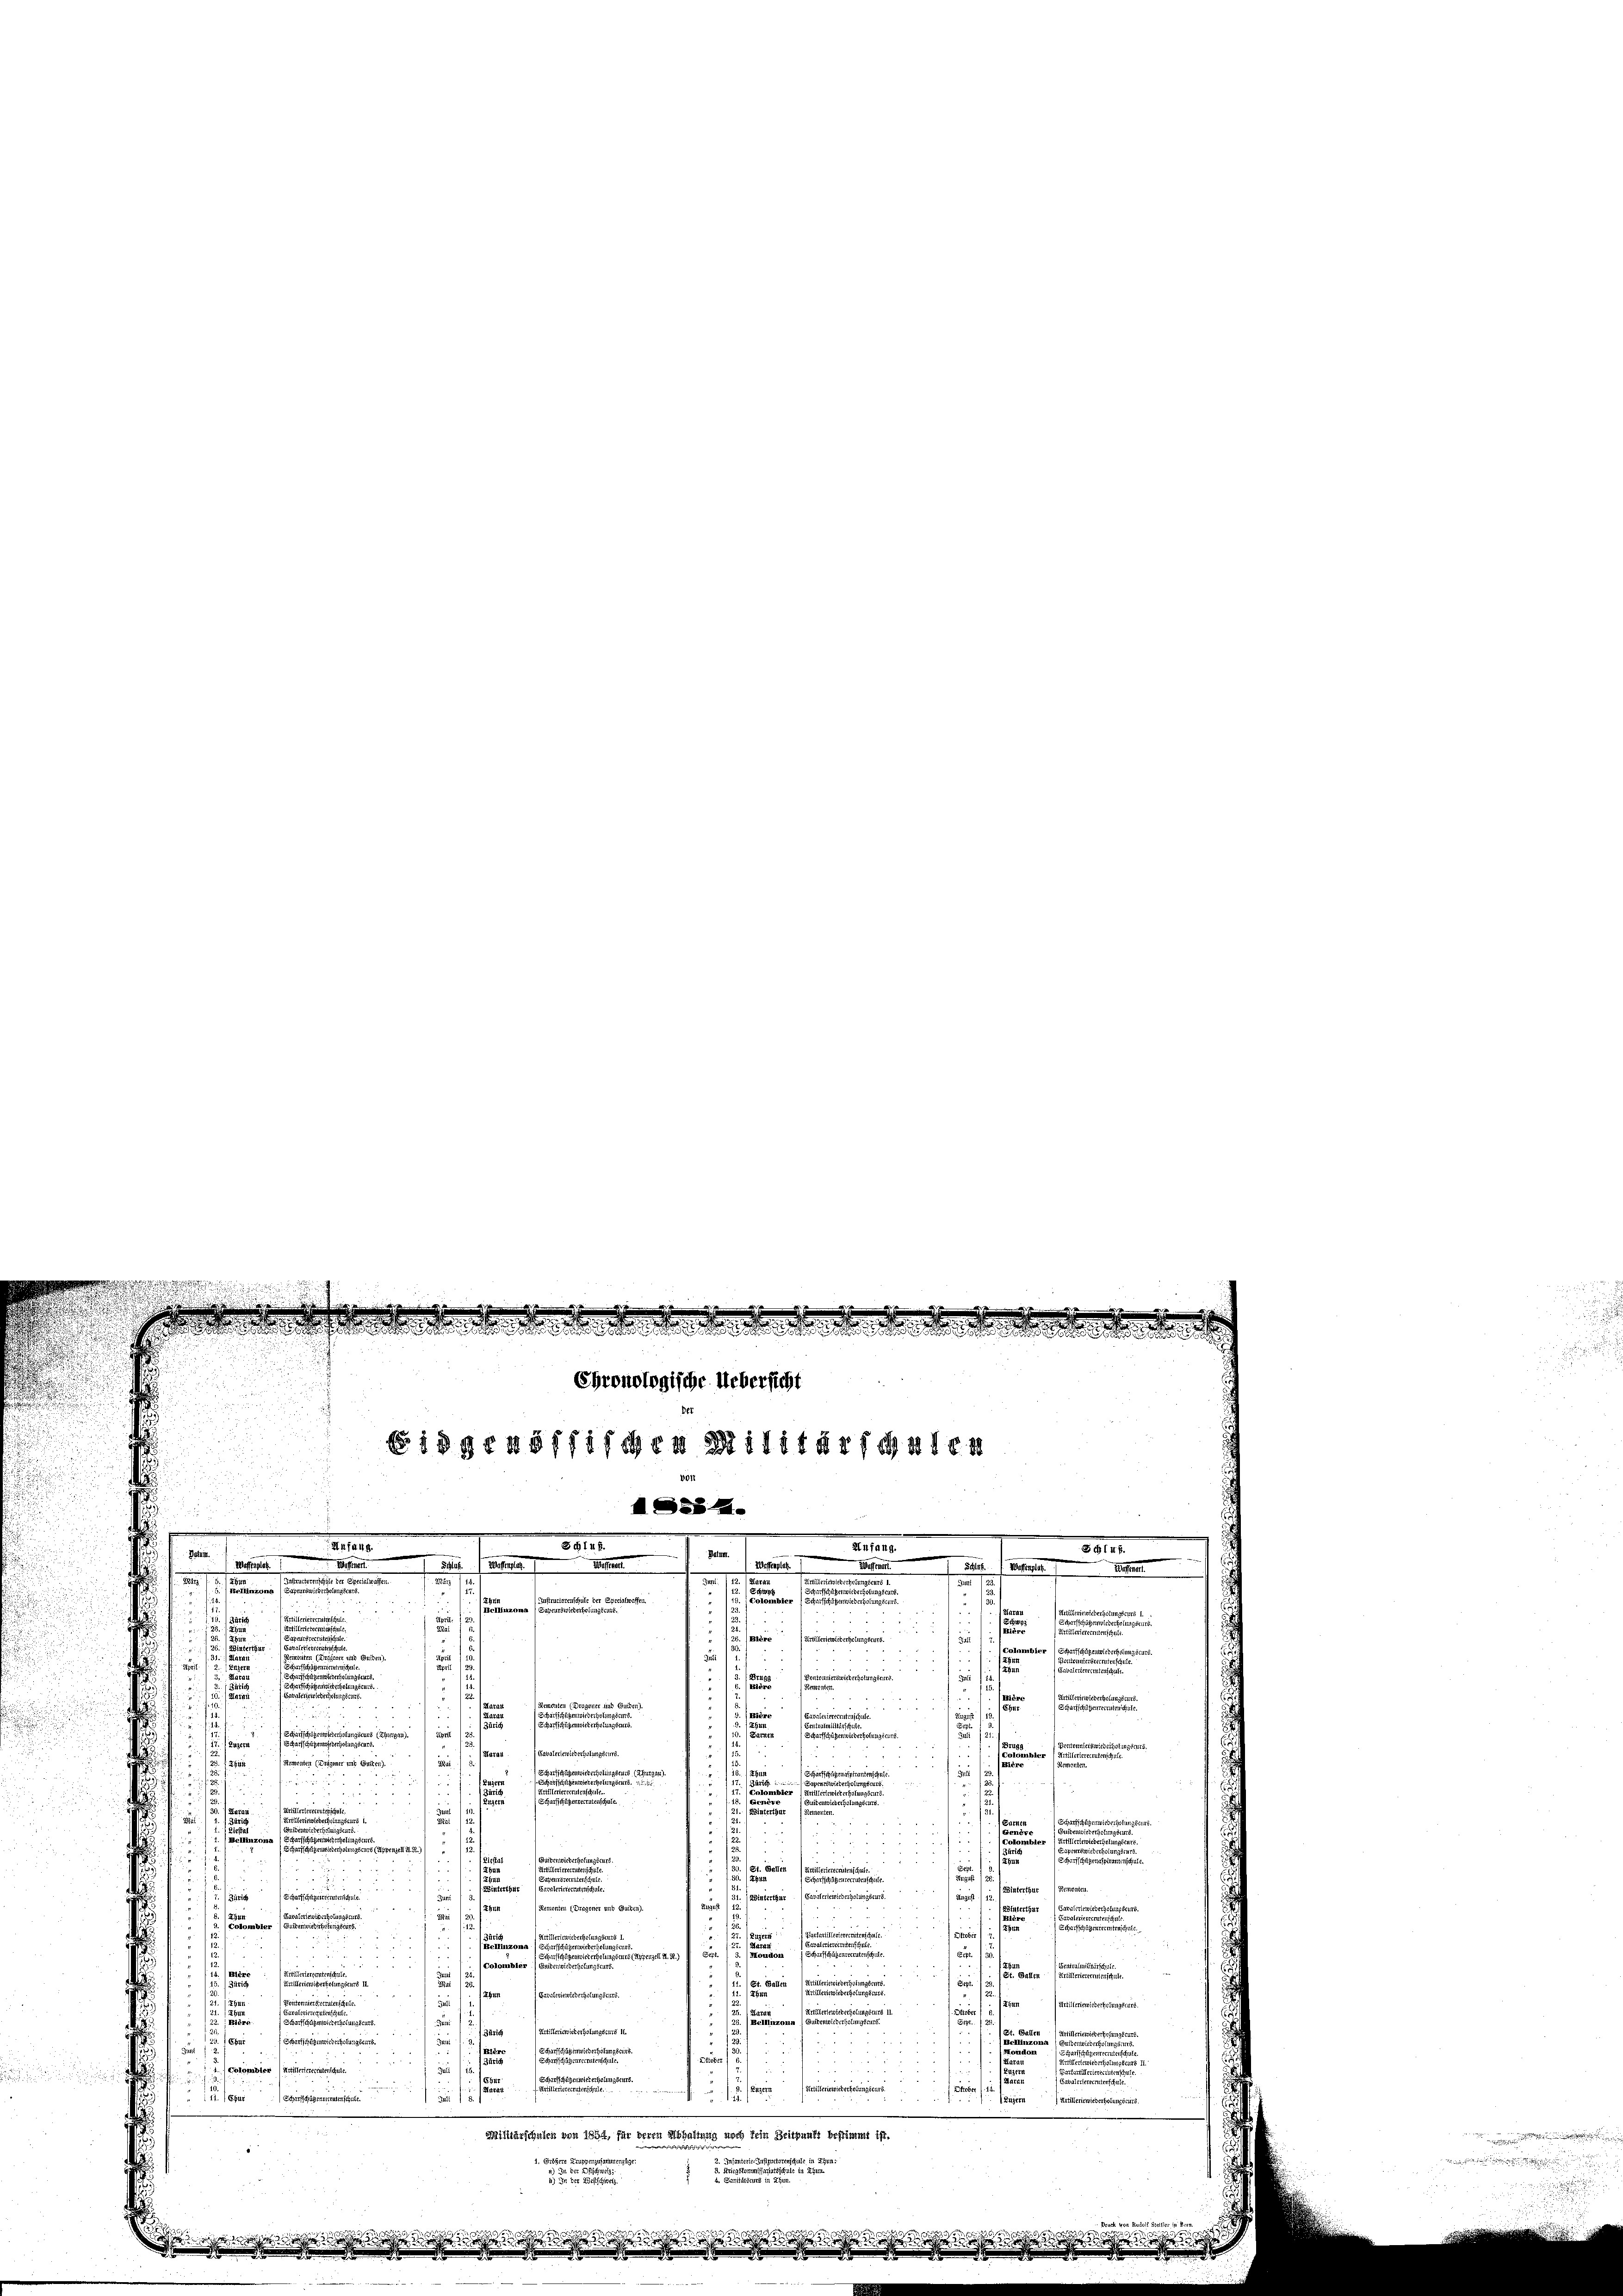
a
e
n
¬
v und Gulden).
.
1
n
Zwieberholungsrirz.
e
i

e
n

e
2

a
n
e
i
everholungseurs.

u ste
.
Cavaleriewiederholungscurs.
s
3

u 5
s
12. 1

i
en
Juli 123.

s
e

 9
.
dur
a
252 x
sa
e
.
u

un seinen
22
e
u
Susann

s
8
.
e

xx
.
.
34
nverwiederungerer
8

su sein den se
.
a

1 angen einen
ueber 18

u
August. /12.
31. (abinterthur Savateriewicherholung seins.

Scharfschligerteienten
Remonten (Dragoner und Guiten).
1
a
Wir wiederholungseurs.
.
 5

¬
e

u
s

n
n
n
a
un
e
s

 24 x
n
 ener
n

2
e
1 Sept
din
u
(Thun Carateriewiederholungseurs.
mier ger

Zenn Artilleriewicherhelungsturz.
n
¬
¬

e
.
St. Garten
n
Artilleriewirt erholungscurs 11.
tilleriewieserholungscurs.
 53
25. Eberscharfschenwiedersezungsers.
¬
d
f

Bra
u
.
1. (Colonier (Artilleriereeruten schule.
d. d. 13
.

J.F. (Luzern Artillerie wiederholungseurs.

Steber einen Mitten wiedergerungssaires.
 ewig gebens menscheiten
s
 83
Militärschulen von 1864, für deren Abhaltung noch kein Zeitpunkt bestimmt ist.
ngejammer
imenzüge:
.

.

s
s
 wesen wicht werde des der den
Chronologische Uebersicht
i
Eidgenössischen Militärschalen
AS284.
d
1
.
.
1
881
Anfang
2
.
Datum

Du kommen eine
.
Meer
Werfen.
1.
 Wesen.
Waffenplat
e
.
.
.
sanstaltungen
I
de seinen seinen seinen eine
n
de 1
a
dner se
s
.
Promen
  die
filleriererritens

.
un

swie einem
lumbier
ffchzügen wiederholungskurs.
d
f

s